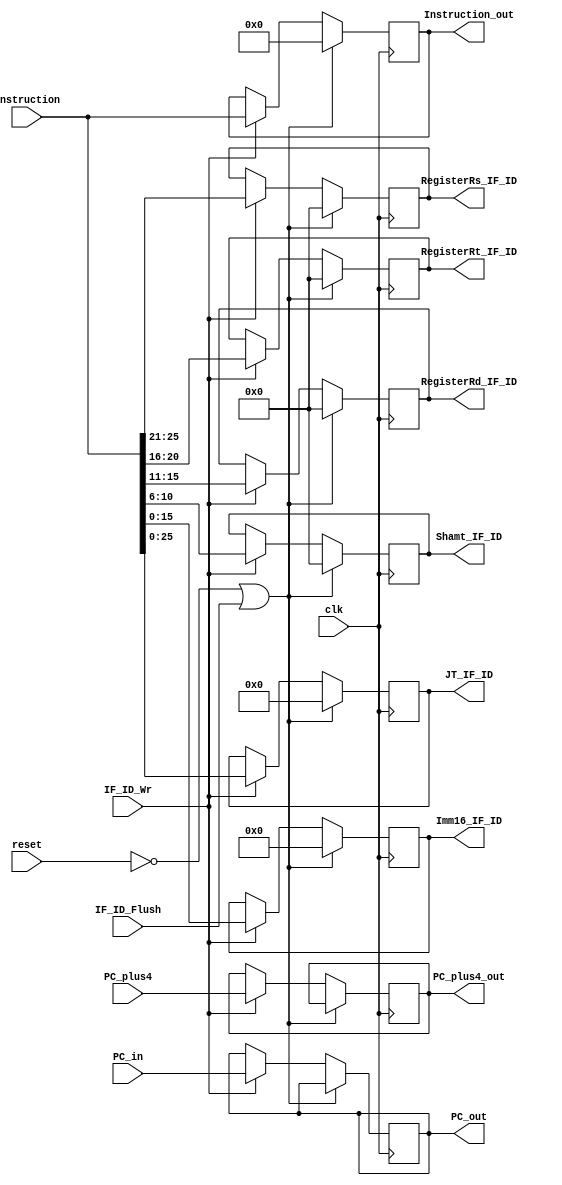
`timescale 1ns/1ps
module IFtoID (
  input             clk             ,
  input             reset           ,
  input             IF_ID_Wr        ,
  input             IF_ID_Flush     ,
  input      [31:0] PC_in           ,
  input      [31:0] Instruction     ,
  input      [31:0] PC_plus4        ,
  output reg [31:0] Instruction_out ,
  output reg [31:0] PC_plus4_out    ,
  output reg [31:0] PC_out          ,
  output reg [15:0] Imm16_IF_ID     ,
  output reg [ 4:0] Shamt_IF_ID     ,
  output reg [ 4:0] RegisterRd_IF_ID,
  output reg [ 4:0] RegisterRt_IF_ID,
  output reg [ 4:0] RegisterRs_IF_ID,
  output reg [25:0] JT_IF_ID
);

initial begin
  Instruction_out  <= 0;
  PC_plus4_out     <= 0;
  PC_out           <= 0;
  Imm16_IF_ID      <= 0;
  Shamt_IF_ID      <= 0;
  RegisterRd_IF_ID <= 0;
  RegisterRt_IF_ID <= 0;
  RegisterRs_IF_ID <= 0;
  JT_IF_ID <= 0;
end

  always@(posedge clk) begin
    if(~reset || IF_ID_Flush) begin
      Instruction_out <= 0;
      Shamt_IF_ID <= 0;
      RegisterRs_IF_ID <= 0;
      RegisterRd_IF_ID <= 0;
      RegisterRt_IF_ID <= 0;
      JT_IF_ID <= 0;
      Imm16_IF_ID <= 0;
    end
    else if(IF_ID_Wr) begin
      Instruction_out  <= Instruction;
      PC_plus4_out     <= PC_plus4;
      Shamt_IF_ID      <= Instruction[10:6];
      RegisterRd_IF_ID <= Instruction[15:11];
      RegisterRt_IF_ID <= Instruction[20:16];
      RegisterRs_IF_ID <= Instruction[25:21];
      JT_IF_ID         <= Instruction[25:0];
      Imm16_IF_ID      <= Instruction[15:0];
      PC_out <= PC_in;
    end

  end

endmodule